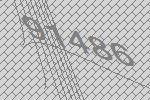
91486